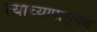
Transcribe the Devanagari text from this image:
त्याच्यापासूनच